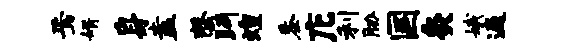
焉婿身盍罄眄煌黍庀利胁国灸娥遍